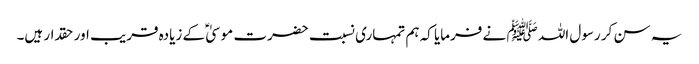
یہ سن کر رسول اللہ ﷺ نے فرمایا کہ ہم تمہاری نسبت حضرت موسیٰ ؑ کے زیادہ قریب اور حقدار ہیں۔